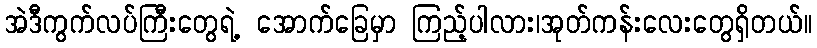
အဲဒီကွက်လပ်ကြီးတွေရဲ့ အောက်ခြေမှာ ကြည့်ပါလား၊အုတ်ကန်းလေးတွေရှိတယ်။